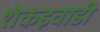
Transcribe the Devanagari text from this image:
शेकइवाडी